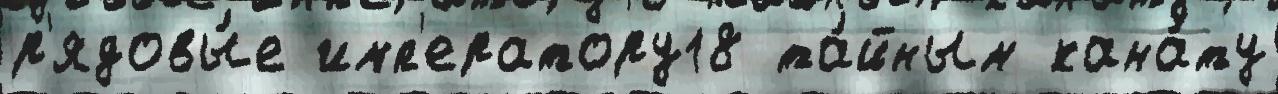
р'ядовы́е имп'ератору18 та́йным кана́ту